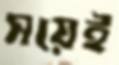
সয়েই